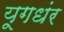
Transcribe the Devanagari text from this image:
यूगधंर